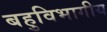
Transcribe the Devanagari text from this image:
बहुविभागीय